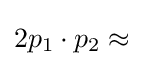
2p_{1}\cdot p_{2}\approx